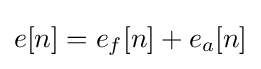
e[n]=e_{f}[n]+e_{a}[n]